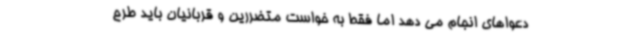
دعواهای انجام می دهد اما فقط به خواست متضررین و قربانیان باید طرح